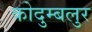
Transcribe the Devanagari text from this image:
कोदुम्बलुर